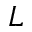
L